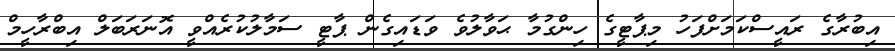
އިބުރާގެ ރައީސްކަމަށްފަހު މިޕާޓީގެ ހިންގުމާ ޙަވާލުވެ ވަޑައިގެން ޕާޓީ ސަމާލުކުރެއްވީ އޮނަރަބަލް އިބްރާހީމް